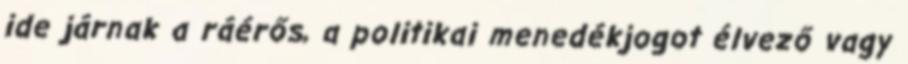
ide járnak a ráérős, a politikai menedékjogot élvező vagy